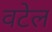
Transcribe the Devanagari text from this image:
वटेल